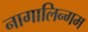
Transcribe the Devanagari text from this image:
नागालिन्गम